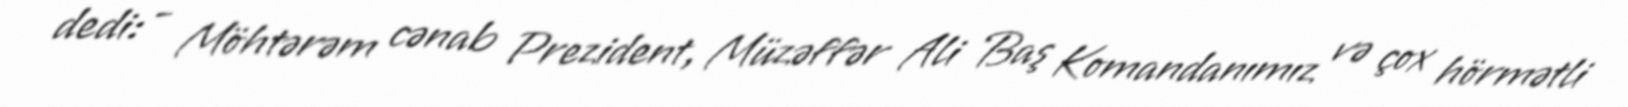
dedi: - Möhtərəm cənab Prezident, Müzəffər Ali Baş Komandanımız və çox hörmətli